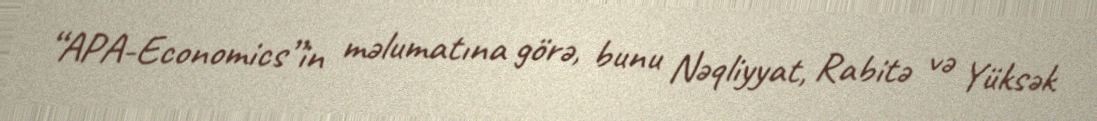
“APA-Economics”in məlumatına görə, bunu Nəqliyyat, Rabitə və Yüksək